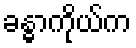
ခန္ဓာကိုယ်က